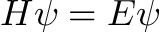
H \psi = E \psi